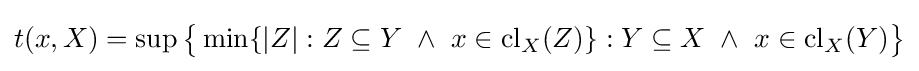
t(x,X)=\sup {\big \{}\min\{|Z|:Z\subseteq Y\ \wedge \ x\in {\rm {cl}}_{X}(Z)\}:Y\subseteq X\ \wedge \ x\in {\rm {cl}}_{X}(Y){\big \}}